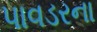
પાવડરના